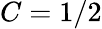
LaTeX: C=1/2